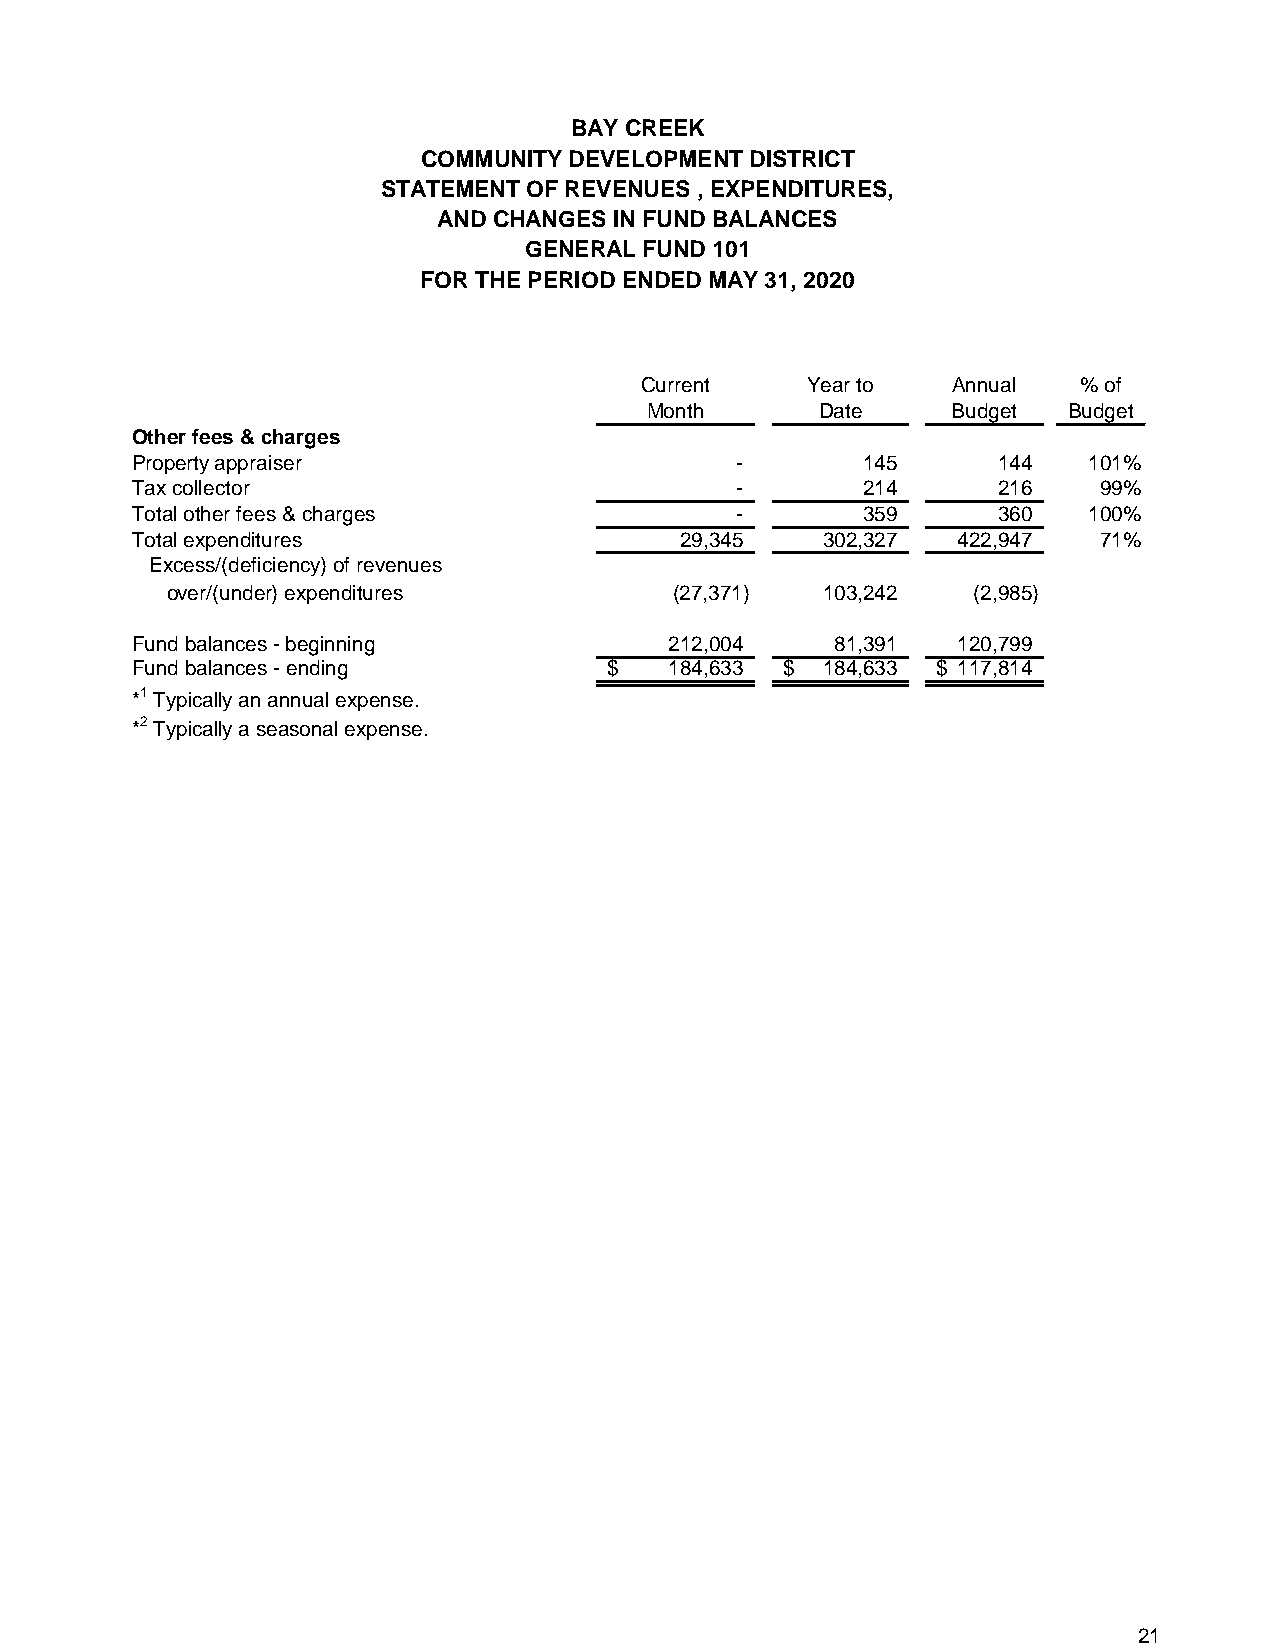
BAY CREEK
 COMMUNITY DEVELOPMENT DISTRICT
 STATEMENT OF REVENUES , EXPENDITURES,
 AND CHANGES IN FUND BALANCES
 GENERAL FUND 101
 FOR THE PERIOD ENDED MAY 31, 2020
 Current    Year to   Annual   % of
 Month      Date     Budget  Budget
 Other fees & charges
 Property appraiser                      -       145      144   101%
 Tax collector                           -       214      216    99%
 Total other fees & charges              -       359      360   100%
 Total expenditures                  29,345   302,327  422,947   71%
 Excess/(deficiency) of revenues
 over/(under) expenditures         (27,371) 103,242   (2,985)
 Fund balances - beginning          212,004    81,391  120,799
 Fund balances - ending         $   184,633 $ 184,633 $ 117,814
 *1 Typically an annual expense.
 *2 Typically a seasonal expense.
 21